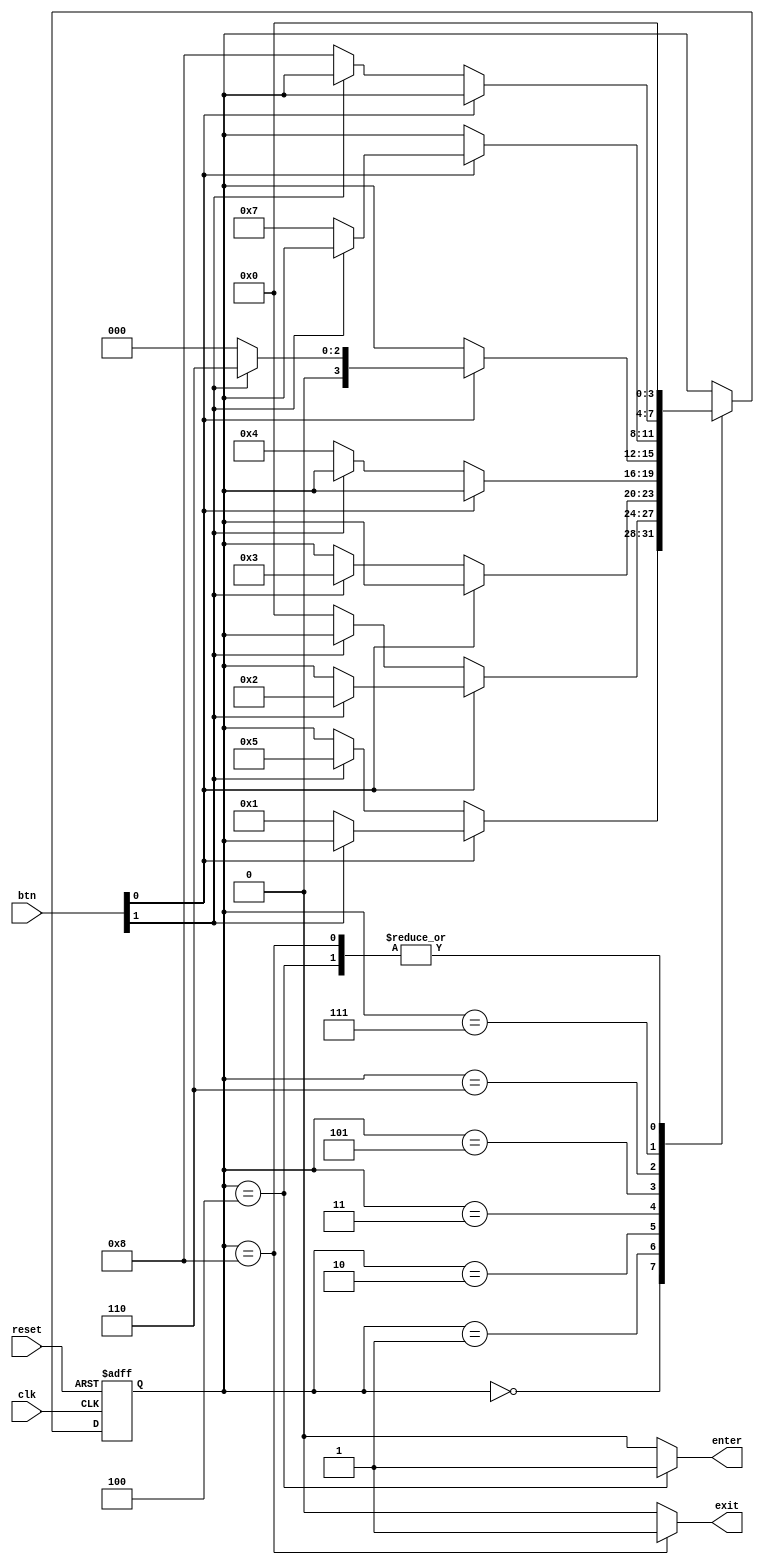
`timescale 1ns / 1ps
//////////////////////////////////////////////////////////////////////////////////
// Company: 
// Engineer: 
// 
// Design Name: 
// Module Name:    db_fsm 
// Project Name: 
// Target Devices: 
// Tool versions: 
// Description: 
//
// Dependencies: 
//
// Revision: 
// Revision 0.01 - File Created
// Additional Comments: 
//
//////////////////////////////////////////////////////////////////////////////////
module fsm(
	input wire clk, reset,
	input wire [1:0] btn,        //btn[0] = a          // btn[1] = b
	output reg enter, exit
    );
	 
	 // symbolic state declarations
	 localparam [3:0] s0 = 4'b0000,
							s1 = 4'b0001,
							s2 = 4'b0010,
							s3 = 4'b0011,
							s4 = 4'b0100,
							s5 = 4'b0101,
							s6 = 4'b0110,
							s7 = 4'b0111,
							s8 = 4'b1000; 
	
	//signal declaration
	reg [3:0] state_reg, state_next;
	
	//state register
	
	always @(posedge clk, posedge reset) 
		if (reset)
			state_reg <= s0;
		else
			state_reg <= state_next;

	//next-state logic
	always @*
	begin
		state_next = state_reg;    //default: same
		enter = 1'b0;              //default 0
		exit = 1'b0;               //default 0
		
			case (state_reg)
				s0: begin
					enter = 1'b0;
					exit = 1'b0;
						if (btn[0])
							if (btn[1])
								state_next = state_reg;
							else 
								state_next = s1;
						else 
						if (btn[1])
								state_next = s5;
							else 
								state_next = state_reg;
					  end
				s1: begin
						enter = 0;
						exit = 0;
						if (btn[0])
							if (btn[1])
								state_next = s2;
							else
								state_next = state_reg;
						else
						if (btn[1] == 0)
							state_next = s0;
						  end
				s2: begin
						enter = 0;
						exit = 0;
						if (btn[0] == 0)
							if (btn[1])
								state_next = s3;
						 end
				s3: begin
						enter = 0;
						exit = 0;
						if (btn[0] == 0)
							if (btn[1] == 0)
								state_next = s4;
						 end
				s4: begin
						enter = 1;
						exit = 0;
						state_next = s0;
						 end
				s5: begin
						enter = 0;
						exit = 0;
						if (btn[0])
							if(btn[1])
								state_next = s6;
						else
						if (btn[1] == 0)
							state_next= s0;
						 end
				s6: begin
						enter = 0;
						exit = 0;
						if (btn[0])
							if(btn[1] == 0)
								state_next = s7;
						 end
				s7: begin
						enter = 0;	
						exit = 0;
						if (btn[0] == 0)
							if (btn[1] == 0)
								state_next = s8;
						 end
				s8: begin
						enter = 0;
						exit = 1;
						state_next = s0;
						 end
					endcase
				end
endmodule